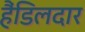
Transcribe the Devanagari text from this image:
हैंडिलदार